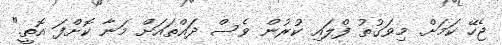
ޖެހޭ ކަމަށް. މިވަގުތު ފްލައި ކުރުން ވެސް ދައްތައަށް މަނާ ކޮށްފަ އޮތީ."